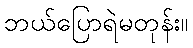
ဘယ်ပြောရဲမတုန်း။